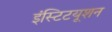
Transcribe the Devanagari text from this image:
इंस्टिटयूशन